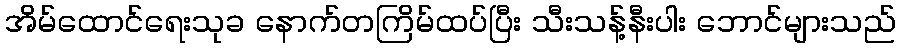
အိမ်ထောင်ရေးသုခ နောက်တကြိမ်ထပ်ပြီး သီးသန့်နီးပါး ဘောင်များသည်